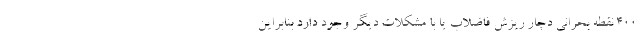
۴۰۰ نقطه بحرانی دچار ریزش فاضلاب یا با مشکلات دیگر وجود دارد بنابراین